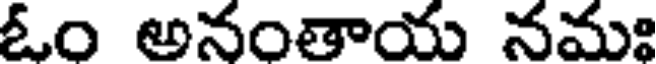
ఓం అనంతాయ నమః